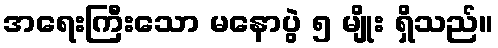
အရေးကြီးသော မနောပွဲ ၅ မျိုး ရှိသည်။